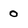
Character: 0